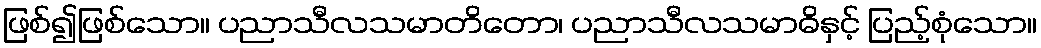
ဖြစ်၍ဖြစ်သော။ ပညာသီလသမာတိတော၊ ပညာသီလသမာဓိနှင့် ပြည့်စုံသော။